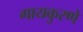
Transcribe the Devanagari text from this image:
गायकुरणे